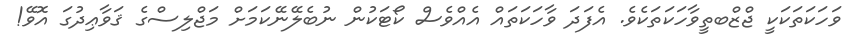
ވަހަކަތަކަކީ ޖްޒްބތީވާހަކަތަކެވެ. އެފަދަ ވާހަކަތައް އެއްވެސް ކޯޓަކުން ނުބެލޭނޭކަމަށް މަޖްލިސްގެ ޤަވާޢިދުގަ އޮވޭ!